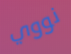
نووي